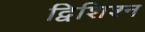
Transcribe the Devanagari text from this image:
द्विशिश्न